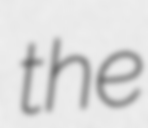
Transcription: the